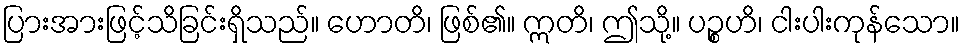
ပြားအားဖြင့်သိခြင်းရှိသည်။ ဟောတိ၊ ဖြစ်၏။ ဣတိ၊ ဤသို့။ ပဉ္စဟိ၊ ငါးပါးကုန်သော။